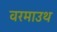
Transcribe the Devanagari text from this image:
वरमाउथ